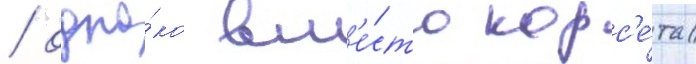
/ одна́ко вм'е́сто корс'е́та